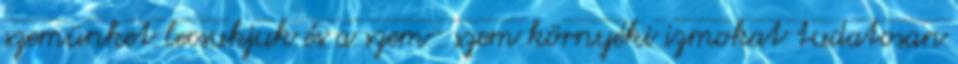
szemünket lecsukjuk és a szem- szem környéki izmokat tudatosan